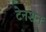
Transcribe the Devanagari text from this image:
टेनशन